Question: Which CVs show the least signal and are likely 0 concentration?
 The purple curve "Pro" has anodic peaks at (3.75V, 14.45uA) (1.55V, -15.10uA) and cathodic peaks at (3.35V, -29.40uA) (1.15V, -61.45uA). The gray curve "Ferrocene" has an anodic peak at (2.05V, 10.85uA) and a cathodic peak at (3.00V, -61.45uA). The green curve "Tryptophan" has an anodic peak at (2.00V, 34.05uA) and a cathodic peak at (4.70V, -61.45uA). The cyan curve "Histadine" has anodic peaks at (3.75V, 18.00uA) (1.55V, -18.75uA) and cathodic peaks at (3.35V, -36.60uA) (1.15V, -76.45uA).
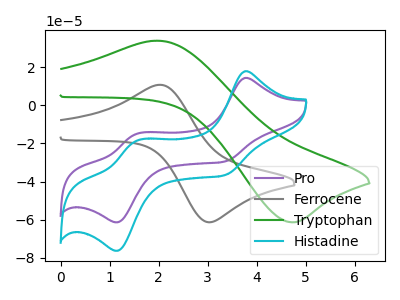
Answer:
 <answer>There are not any CV's on this graph that are likely to be blanks.</answer>
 <eval>none</eval>